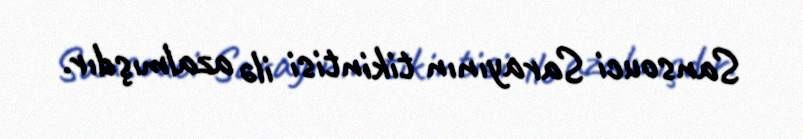
Sansouci Sarayının tikintisi ilə azalmışdır.